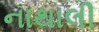
નાથાલી